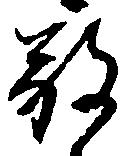
敬